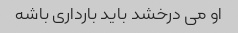
او می درخشد باید بارداری باشه